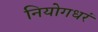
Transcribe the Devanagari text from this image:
नियोगधरं